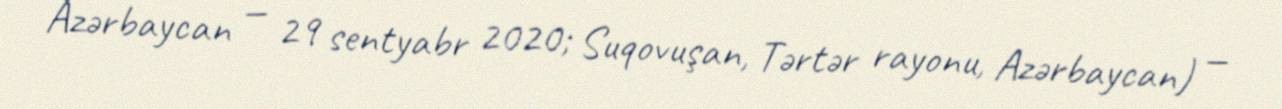
Azərbaycan — 29 sentyabr 2020; Suqovuşan, Tərtər rayonu, Azərbaycan) —